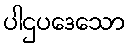
ပါဌပဒေသော